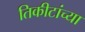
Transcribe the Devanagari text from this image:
तिकीटांच्या